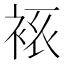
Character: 𧘾